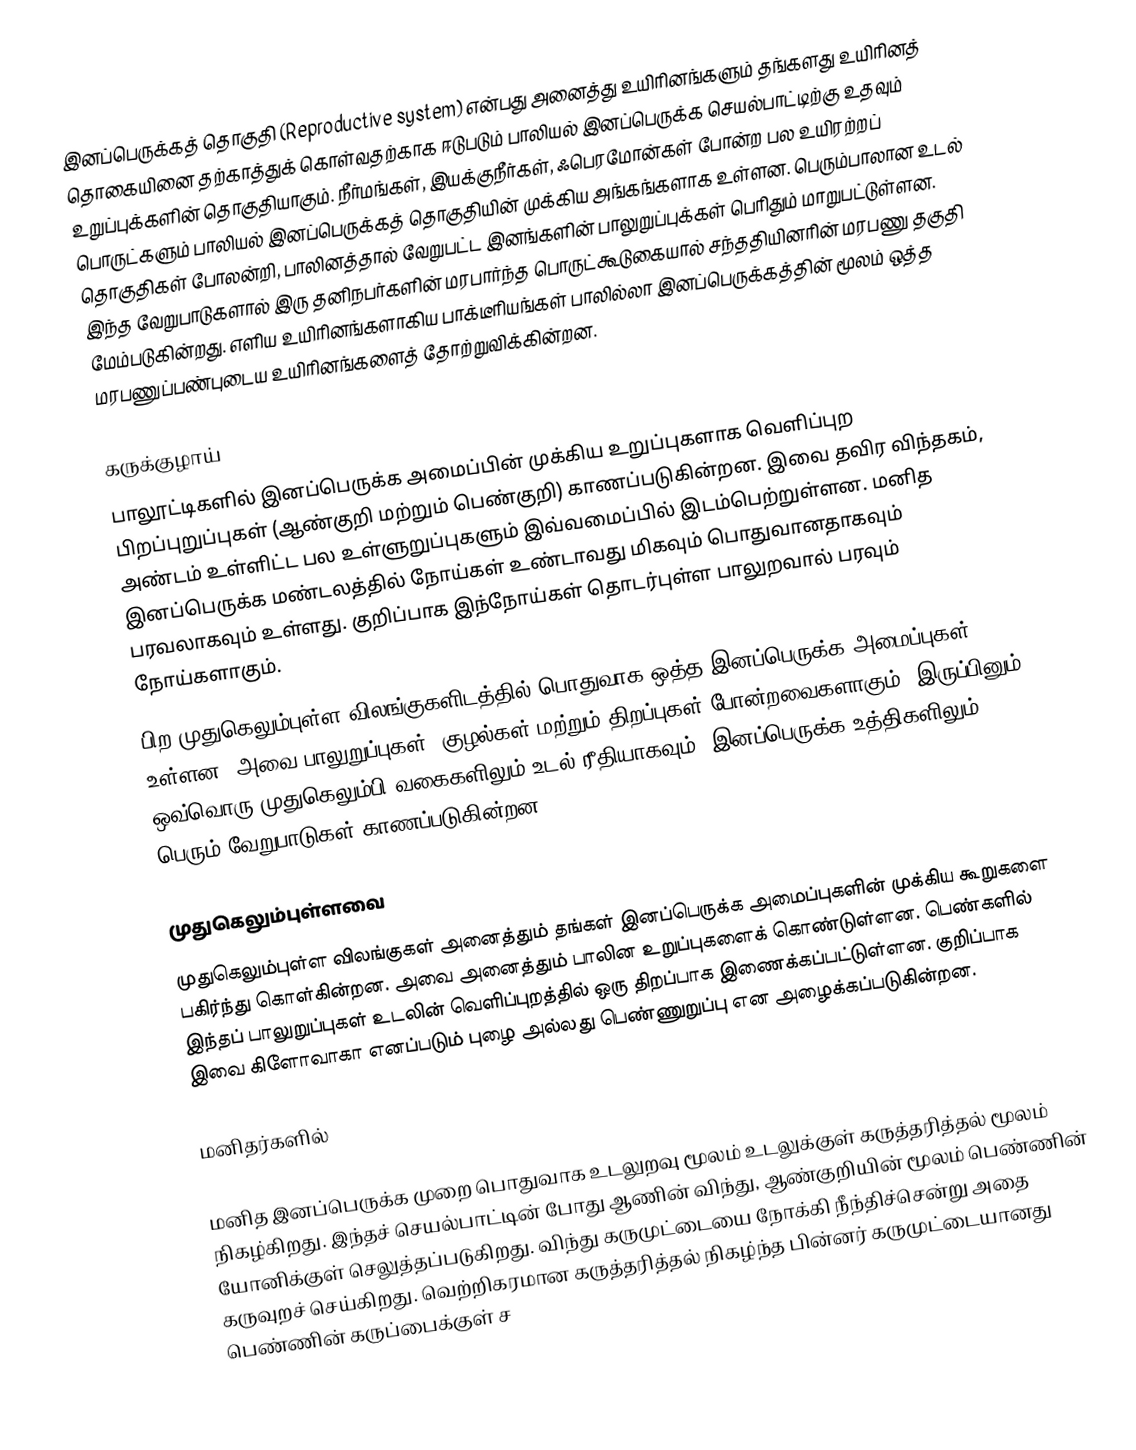
இனப்பெருக்கத் தொகுதி (Reproductive system) என்பது அனைத்து உயிரினங்களும் தங்களது உயிரினத் தொகையினை தற்காத்துக் கொள்வதற்காக   ஈடுபடும் பாலியல் இனப்பெருக்க செயல்பாட்டிற்கு உதவும் உறுப்புக்களின் தொகுதியாகும். நீர்மங்கள், இயக்குநீர்கள்,  ஃபெரமோன்கள் போன்ற பல உயிரற்றப் பொருட்களும் பாலியல் இனப்பெருக்கத் தொகுதியின் முக்கிய அங்கங்களாக உள்ளன. பெரும்பாலான உடல் தொகுதிகள் போலன்றி, பாலினத்தால் வேறுபட்ட  இனங்களின் பாலுறுப்புக்கள் பெரிதும் மாறுபட்டுள்ளன. இந்த வேறுபாடுகளால் இரு தனிநபர்களின் மரபார்ந்த பொருட்கூடுகையால் சந்ததியினரின்  மரபணு தகுதி மேம்படுகின்றது. எளிய உயிரினங்களாகிய பாக்டீரியங்கள் பாலில்லா இனப்பெருக்கத்தின் மூலம் ஒத்த மரபணுப்பண்புடைய உயிரினங்களைத் தோற்றுவிக்கின்றன.

கருக்குழாய்
பாலூட்டிகளில் இனப்பெருக்க அமைப்பின் முக்கிய உறுப்புகளாக வெளிப்புற பிறப்புறுப்புகள் (ஆண்குறி மற்றும் பெண்குறி) காணப்படுகின்றன. இவை தவிர விந்தகம், அண்டம் உள்ளிட்ட பல உள்ளுறுப்புகளும் இவ்வமைப்பில் இடம்பெற்றுள்ளன. மனித இனப்பெருக்க மண்டலத்தில் நோய்கள் உண்டாவது மிகவும் பொதுவானதாகவும் பரவலாகவும் உள்ளது.   குறிப்பாக இந்நோய்கள் தொடர்புள்ள பாலுறவால் பரவும் நோய்களாகும்.
பிற முதுகெலும்புள்ள விலங்குகளிடத்தில்   பொதுவாக ஒத்த இனப்பெருக்க அமைப்புகள் உள்ளன, அவை பாலுறுப்புகள், குழல்கள் மற்றும் திறப்புகள் போன்றவைகளாகும். இருப்பினும், ஒவ்வொரு முதுகெலும்பி வகைகளிலும் உடல் ரீதியாகவும், இனப்பெருக்க உத்திகளிலும் பெரும் வேறுபாடுகள் காணப்படுகின்றன.

முதுகெலும்புள்ளவை
முதுகெலும்புள்ள விலங்குகள் அனைத்தும் தங்கள் இனப்பெருக்க அமைப்புகளின் முக்கிய கூறுகளை பகிர்ந்து கொள்கின்றன. அவை அனைத்தும் பாலின உறுப்புகளைக் கொண்டுள்ளன. பெண்களில் இந்தப் பாலுறுப்புகள் உடலின் வெளிப்புறத்தில் ஒரு திறப்பாக இணைக்கப்பட்டுள்ளன. குறிப்பாக இவை கிளோவாகா எனப்படும் புழை அல்லது பெண்ணுறுப்பு என அழைக்கப்படுகின்றன.

மனிதர்களில்

மனித இனப்பெருக்க முறை பொதுவாக உடலுறவு மூலம் உடலுக்குள் கருத்தரித்தல் மூலம் நிகழ்கிறது. இந்தச் செயல்பாட்டின் போது ஆணின் விந்து,  ஆண்குறியின் மூலம் பெண்ணின் யோனிக்குள் செலுத்தப்படுகிறது. விந்து கருமுட்டையை நோக்கி நீந்திச்சென்று அதை கருவுறச் செய்கிறது. வெற்றிகரமான கருத்தரித்தல் நிகழ்ந்த பின்னர் கருமுட்டையானது பெண்ணின் கருப்பைக்குள் ச